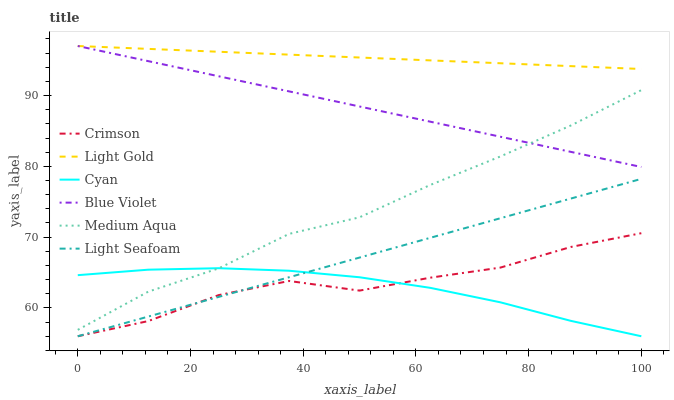
| xaxis_label | Crimson | Light Gold | Cyan | Blue Violet | Medium Aqua | Light Seafoam |
 | --- | --- | --- | --- | --- | --- | --- |
 | 0 | 56 | 97 | 64.6 | 97 | 56.9 | 56 |
 | 12.5 | 58.1 | 96.6 | 65.4 | 94.9 | 62.3 | 58.8 |
 | 25 | 61.8 | 96.2 | 65.6 | 92.7 | 65.6 | 61.6 |
 | 37.5 | 63.8 | 95.8 | 65.3 | 90.6 | 70.5 | 64.3 |
 | 50 | 62.4 | 95.4 | 64.3 | 88.5 | 72.8 | 67.1 |
 | 62.5 | 64.3 | 95 | 62.8 | 86.3 | 77.4 | 69.9 |
 | 75 | 65.7 | 94.6 | 60.8 | 84.2 | 81.4 | 72.7 |
 | 87.5 | 68.6 | 94.2 | 58.2 | 82 | 85.8 | 75.5 |
 | 100 | 70.6 | 93.8 | 56 | 79.9 | 90.8 | 78.2 |